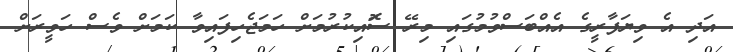
އަދި އެ ވިޔަފާރީގެ އެއްބަސްވުމުގައި މިރޭ ސޮައިކުރުމަށް ހަމަޖެހިފައިވާ ކަމަށް ވެސް ހަވީރަށް